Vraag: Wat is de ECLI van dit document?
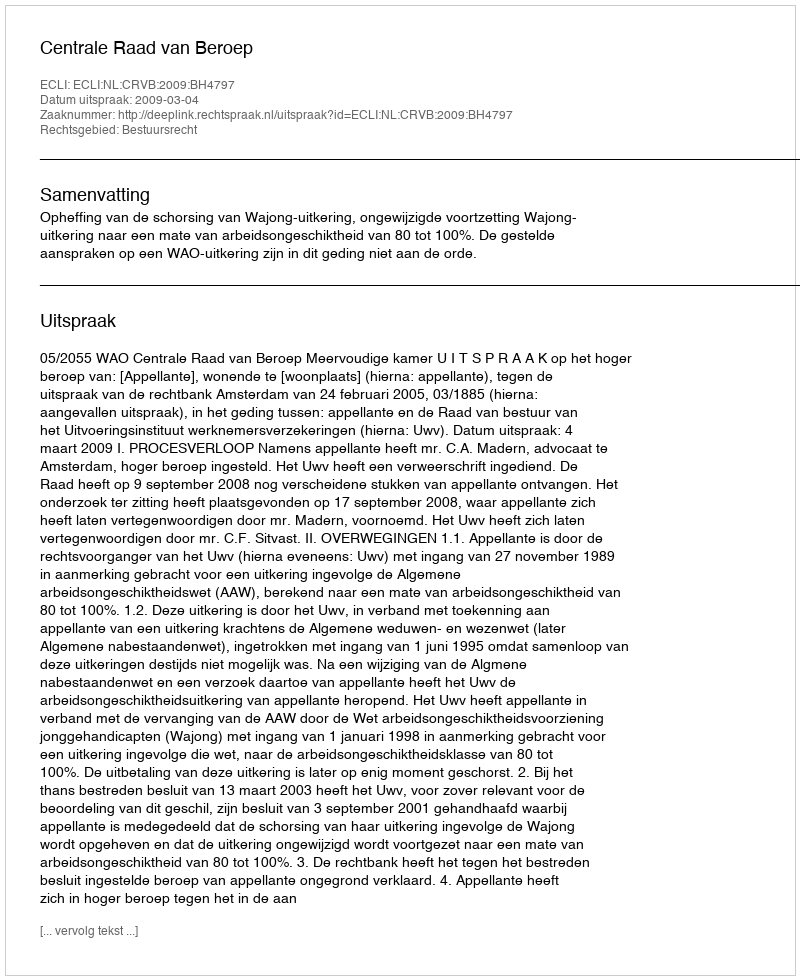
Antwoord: ECLI:NL:CRVB:2009:BH4797